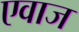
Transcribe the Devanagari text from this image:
एवाज